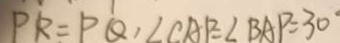
P R = P Q , \angle C A P = \angle B A P = 3 0 ^ { \circ }